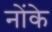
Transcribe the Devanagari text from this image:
नोंके